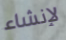
لإنشاء